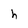
Character: h